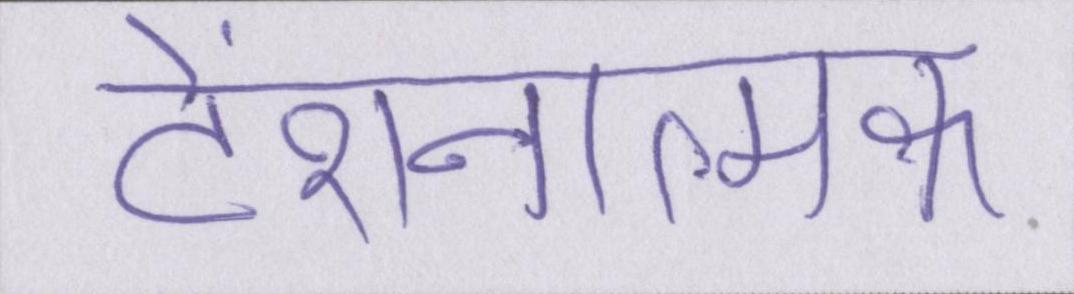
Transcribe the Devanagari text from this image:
टेंशनात्मक